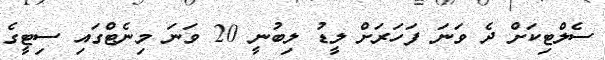
ސެލްޓިކަށް ދެ ވަނަ ފަހަރަށް ލީޑު ލިބުނީ 20 ވަނަ މިނެޓްގައި ސިޓީގެ